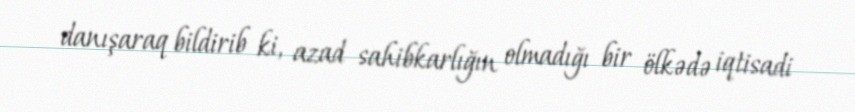
danışaraq bildirib ki, azad sahibkarlığın olmadığı bir ölkədə iqtisadi